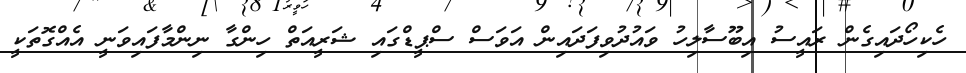
ހެކިހޯދައިގެން ރައީސު އިބޫސާލިހު ވައުދުވިފަދައިން އަވަސް ސްޕީޑްގައި ޝަރީއަތް ހިންގާ ނިންމާފައިވަނީ އެއްގޮތަކީ